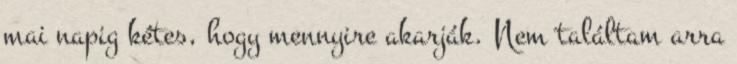
mai napig kétes, hogy mennyire akarják. Nem találtam arra